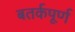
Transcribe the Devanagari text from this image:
बतर्कपूर्ण